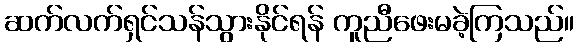
ဆက်လက်ရှင်သန်သွားနိုင်ရန် ကူညီဖေးမခဲ့ကြသည်။